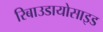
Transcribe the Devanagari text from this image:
रिबाउडायोसाइड